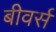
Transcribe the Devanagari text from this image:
बीवर्स